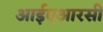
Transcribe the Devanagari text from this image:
आईएआरसी